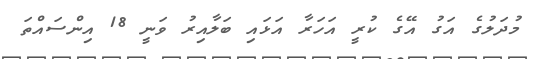
މުދަލުގެ އަގު އޭގެ ކުރީ އަހަރާ އަޅައި ބަލާއިރު ވަނީ 18 އިންސައްތަ